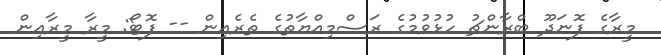
މީރާގެ ފޮނަދޫ ބްރާންޗު ހުޅުވުމުގެ ރަސްމިއްޔާތުގެ ތެރެއިން -- ފޮޓޯ: މީރާ މީރާއިން